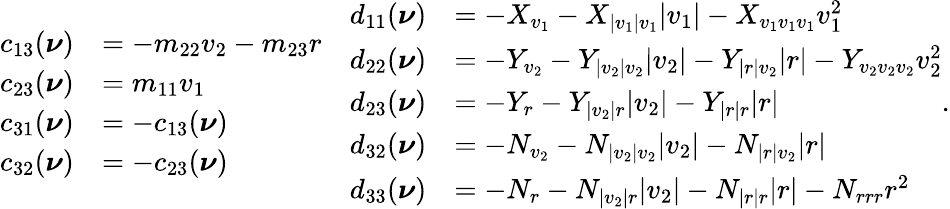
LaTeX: \begin{array}{rl}{c_{13}(\boldsymbol{\nu})}&{=-m_{22}v_{2}-m_{23}{r}}\\ {c_{23}(\boldsymbol{\nu})}&{=m_{11}v_{1}}\\ {c_{31}(\boldsymbol{\nu})}&{=-c_{13}(\boldsymbol{\nu})}\\ {c_{32}(\boldsymbol{\nu})}&{=-c_{23}(\boldsymbol{\nu})}\end{array}\quad\begin{array}{rl}{d_{11}(\boldsymbol{\nu})}&{=-X_{v_{1}}-X_{|v_{1}|v_{1}}|v_{1}|-X_{v_{1}v_{1}v_{1}}v_{1}^{2}}\\ {d_{22}(\boldsymbol{\nu})}&{=-Y_{v_{2}}-Y_{|v_{2}|v_{2}}|v_{2}|-Y_{|r|v_{2}}|r|-Y_{v_{2}v_{2}v_{2}}v_{2}^{2}}\\ {d_{23}(\boldsymbol{\nu})}&{=-Y_{r}-Y_{|v_{2}|r}|v_{2}|-Y_{|r|r}|r|}\\ {d_{32}(\boldsymbol{\nu})}&{=-N_{v_{2}}-N_{|v_{2}|v_{2}}|v_{2}|-N_{|r|v_{2}}|r|}\\ {d_{33}(\boldsymbol{\nu})}&{=-N_{r}-N_{|v_{2}|r}|v_{2}|-N_{|r|r}|r|-N_{rrr}r^{2}}\end{array}.